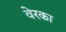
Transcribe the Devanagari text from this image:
वेरका